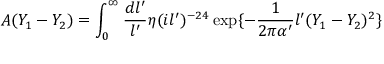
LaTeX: A ( Y _ { 1 } - Y _ { 2 } ) = \int _ { 0 } ^ { \infty } \frac { d l ^ { \prime } } { l ^ { \prime } } \eta ( i l ^ { \prime } ) ^ { - 2 4 } \exp \{ - \frac { 1 } { 2 \pi \alpha ^ { \prime } } l ^ { \prime } ( Y _ { 1 } - Y _ { 2 } ) ^ { 2 } \}